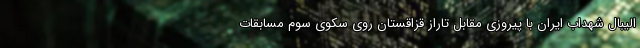
الیبال شهداب ایران با پیروزی مقابل تاراز قزاقستان روی سکوی سوم مسابقات